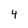
Character: 4